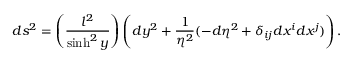
d s ^ { 2 } = \left( \frac { l ^ { 2 } } { \sinh ^ { 2 } y } \right) \left( d y ^ { 2 } + \frac { 1 } { \eta ^ { 2 } } ( - d \eta ^ { 2 } + \delta _ { i j } d x ^ { i } d x ^ { j } ) \right) .